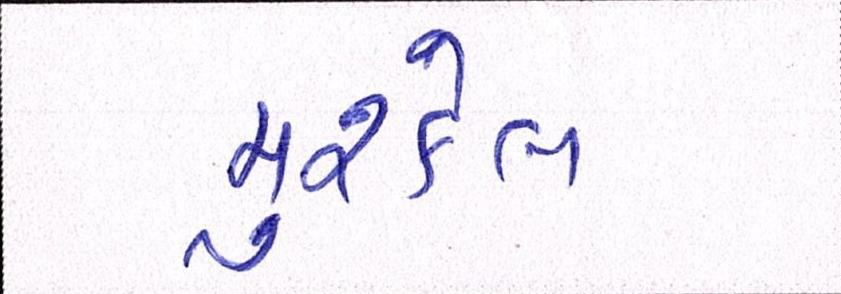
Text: મુશ્કેલ